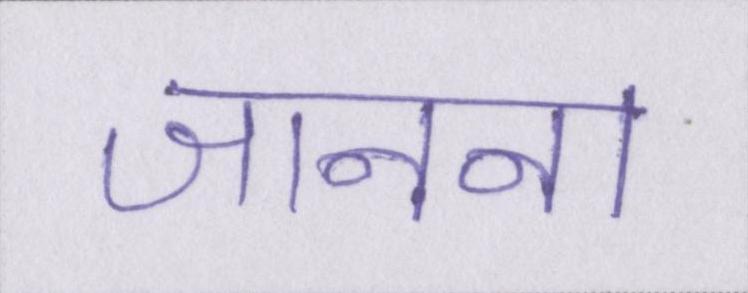
जानना